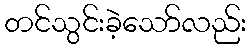
တင်သွင်းခဲ့သော်လည်း